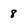
Character: 8